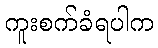
ကူးစက်ခံရပါက